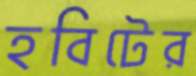
হবিটের